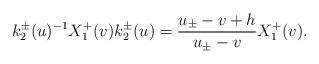
LaTeX: \begin{align*}k_{2}^{\pm}(u)^{-1}X_{1}^{+}(v)k_{2}^{\pm}(u)=\frac{u_{\pm}-v+h}{u_{\pm}-v}X_{1}^{+}(v).\end{align*}